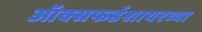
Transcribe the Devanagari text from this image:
ऑक्सफर्डशायरच्या